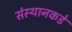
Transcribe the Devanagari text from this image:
संस्थानकडे